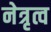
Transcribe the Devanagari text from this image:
नेत्रृत्व